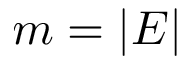
m = | E |